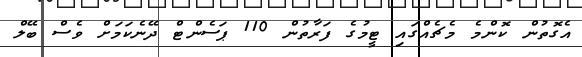
އެގޮތުން ކޮންމެ މެޗެއްގައި ޓީމުގެ ފަރާތުން 110 ޕަސެންޓް ދޭނެކަމަށް ވެސް ބޭލް